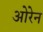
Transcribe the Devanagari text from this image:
ओरेन